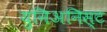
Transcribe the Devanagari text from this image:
युनिअनिस्ट